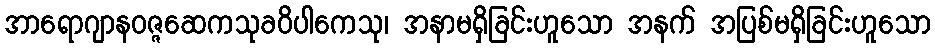
အာရောဂျာနဝဇ္ဇဆေကသုခဝိပါကေသု၊ အနာမရှိခြင်းဟူသော အနက် အပြစ်မရှိခြင်းဟူသော